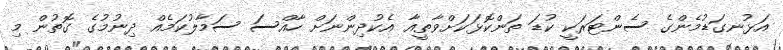
އަޅުނގަޑުމެންގެ ސެންޓަރަކީ ކުޑަ ތަންކޮޅަކަށްވާތީއާ އެކުދިންނަށް ހާއްސަ ސަމާލުކަމެއް ދިނުމުގެ ގޮތުން މި